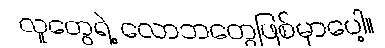
လူတွေရဲ့ လောဘတွေဖြစ်မှာပေါ့။